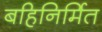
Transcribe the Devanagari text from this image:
बहिनिर्मित